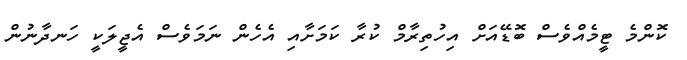
ކޮންމެ ޓީމެއްވެސް ބޮޑޭއަށް އިހުތިރާމް ކުރާ ކަމަށާއި އެހެން ނަމަވެސް އެޖީލަކީ ހަނދާނުން